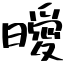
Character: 曖